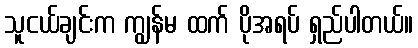
သူငယ်ချင်းက ကျွန်မ ထက် ပိုအရပ် ရှည်ပါတယ်။